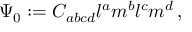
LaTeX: \Psi _ { 0 } : = C _ { a b c d } l ^ { a } m ^ { b } l ^ { c } m ^ { d } \, ,